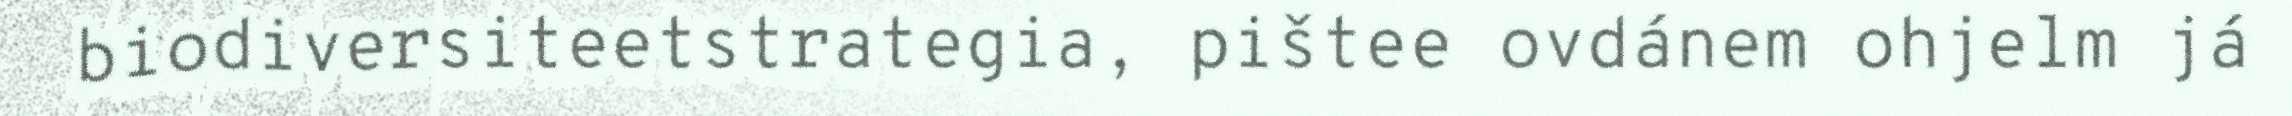
biodiversiteetstrategia, pištee ovdánem ohjelm já